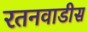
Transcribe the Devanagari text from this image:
रतनवाडीस